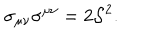
\sigma _ { \mu \nu } \sigma ^ { \mu \nu } = 2 { \cal S } ^ { 2 } .